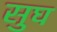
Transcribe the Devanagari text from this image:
सुघ